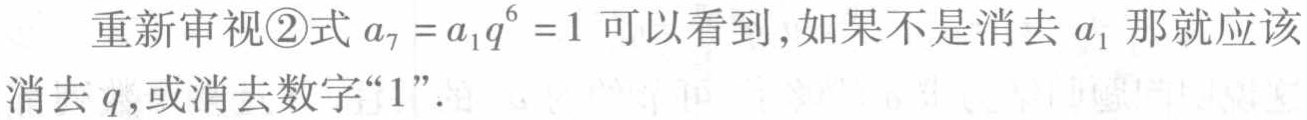
重新审视\textcircled{2}式 \(a_{7}=a_{1}q^{6}=1\) 可以看到，如果不是消去 \(a_{1}\) 那就应该消去 \(q\)，或消去数字“\(1\)”。